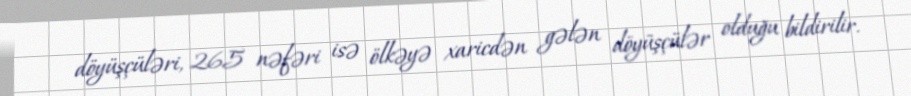
döyüşçüləri, 265 nəfəri isə ölkəyə xaricdən gələn döyüşçülər olduğu bildirilir.